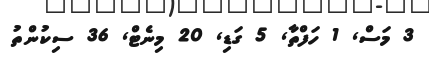
3 މަސް